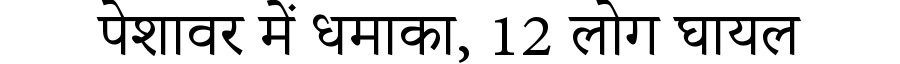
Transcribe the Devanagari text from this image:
पेशावर में धमाका, 12 लोग घायल